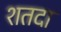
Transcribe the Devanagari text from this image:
शतदा